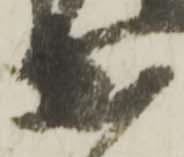
出